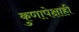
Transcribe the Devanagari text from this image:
कुणापेक्षाही